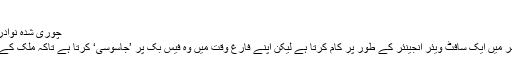
(12.01.2017)
چوری شدہ نوادرات تلاش کرنے والے ’فیس بک جاسوس‘
دن کے وقت ارویند وینکٹ رامن چنئی شہر میں ایک سافٹ ویئر انجینئر کے طور پر کام کرتا ہے لیکن اپنے فارغ وقت میں وہ فیس بک پر ’جاسوسی‘ کرتا ہے تاکہ ملک کے چوری شدہ نوادرات تلاش کیے جا سکیں۔